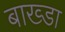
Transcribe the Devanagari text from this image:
बाख्डा